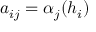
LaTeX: a _ { i j } = \alpha _ { j } ( h _ { i } )